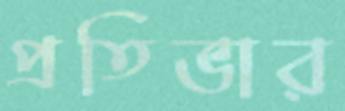
প্রতিভার